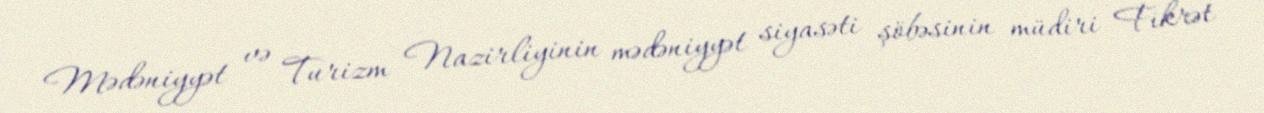
Mədəniyyət və Turizm Nazirliyinin mədəniyyət siyasəti şöbəsinin müdiri Fikrət